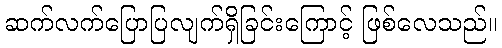
ဆက်လက်ပြောပြလျက်ရှိခြင်းကြောင့် ဖြစ်လေသည်။